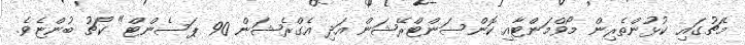
މެޗުގައި ކުޅުންތެރިން މޯވްމަންޓާއި ކޮންސަންޓްރޭޝަން އަދި އެގްރެޝަން 90 ޕަސެންޓް" ކޯޗު ބުންޏެވެ.